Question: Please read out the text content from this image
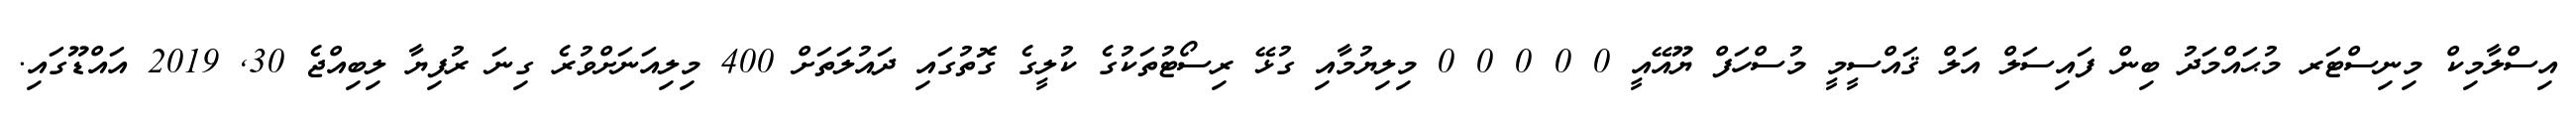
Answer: އިސްލާމިކް މިނިސްޓަރ މުޙައްމަދު ބިން ފައިސަލް އަލް ޤައްސީމީ މުސްހަފް ޔޫއޭއީ 0 0 0 0 0 މިލިޔުމާއި ގުޅޭ ރިސޯޓުތަކުގެ ކުލީގެ ގޮތުގައި ދައުލަތަށް 400 މިލިއަނަށްވުރެ ގިނަ ރުފިޔާ ލިބިއްޖެ 30, 2019 އައްޑޫގައި.